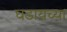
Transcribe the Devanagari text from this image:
घडायच्या